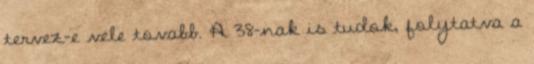
tervez-e vele tovabb. A 38-nak is tudok, folytatva a